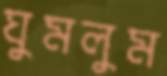
ঘুমলুম